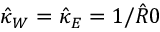
\hat { \kappa } _ { W } = \hat { \kappa } _ { E } = 1 / \hat { R } 0